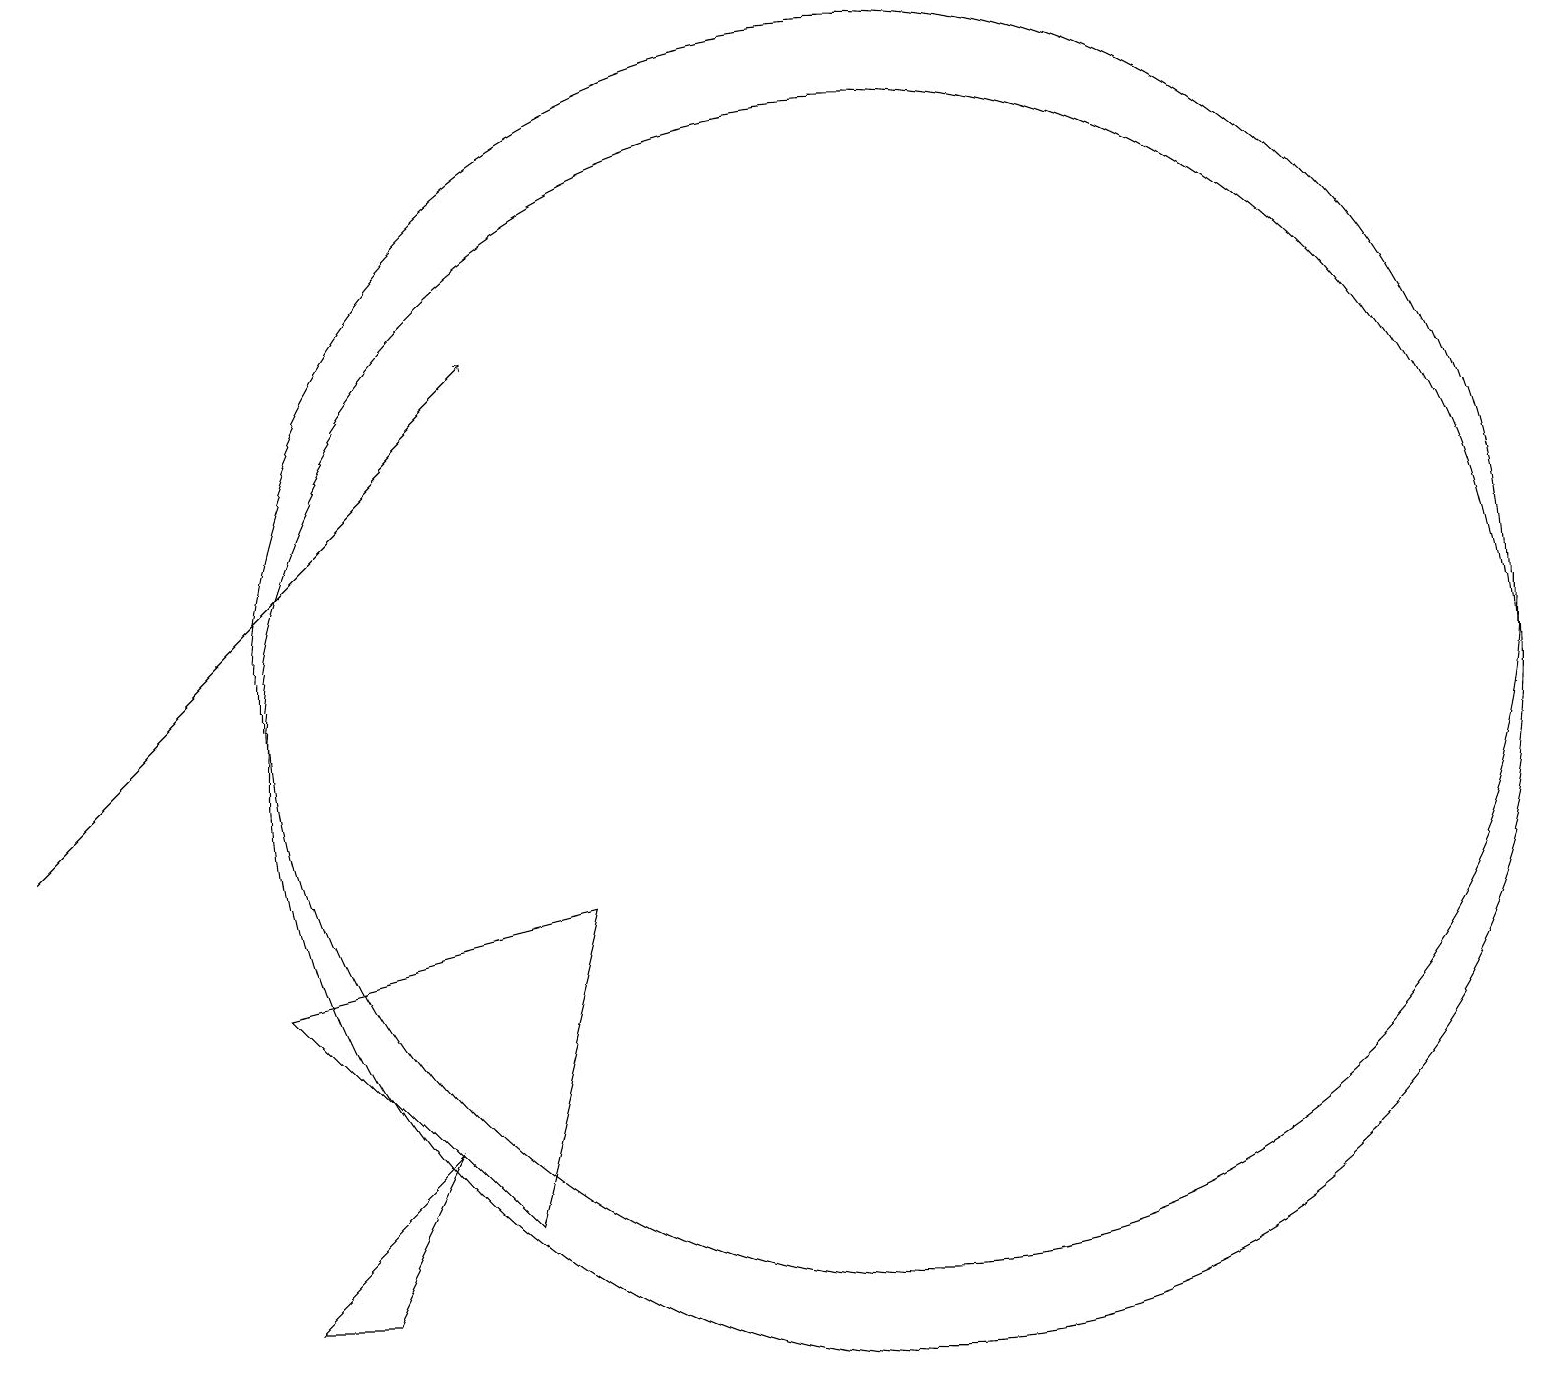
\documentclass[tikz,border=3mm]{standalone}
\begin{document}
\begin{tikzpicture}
\draw[->] (0,10) -- (6,16);
\draw (11,11) circle (8);
\draw (10,11) circle (0);
\draw (3,4) -- (5,6) -- (4,4) -- cycle;
\draw (3,8) -- (6,5) -- (7,9) -- cycle;
\draw (11,12) circle (8);
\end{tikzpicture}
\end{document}